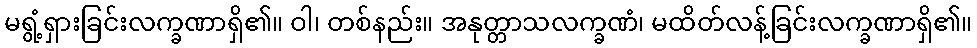
မရွံ့ရှားခြင်းလက္ခဏာရှိ၏။ ဝါ၊ တစ်နည်း။ အနုတ္တာသလက္ခဏံ၊ မထိတ်လန့်ခြင်းလက္ခဏာရှိ၏။